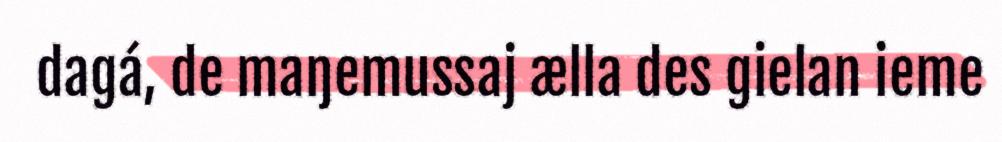
dagá, de maŋemussaj ælla des gielan ieme